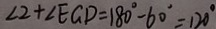
\angle 2 + \angle E G D = 1 8 0 ^ { \circ } - 6 0 ^ { \circ } = 1 2 0 ^ { \circ }